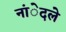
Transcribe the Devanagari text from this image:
नांेदले